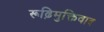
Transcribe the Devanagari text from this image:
रूढ़िमुक्तिवाद